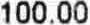
100.00